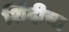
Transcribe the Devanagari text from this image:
शिंदीचा